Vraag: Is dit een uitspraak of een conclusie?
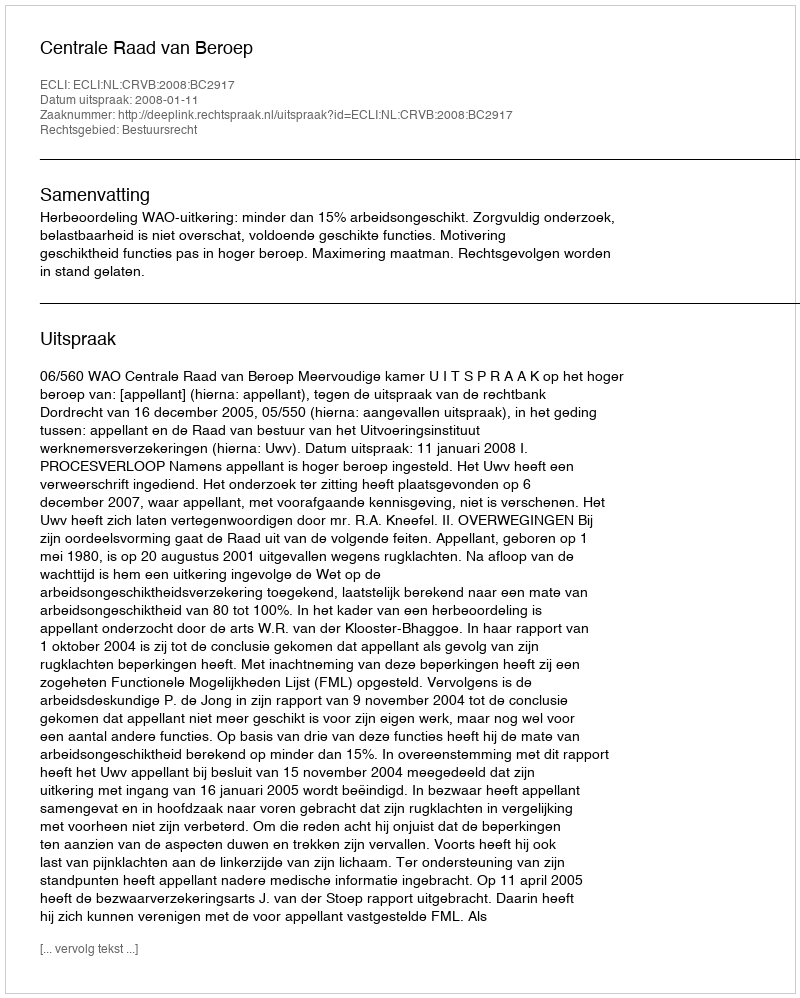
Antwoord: Uitspraak